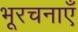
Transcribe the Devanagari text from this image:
भूरचनाएँ